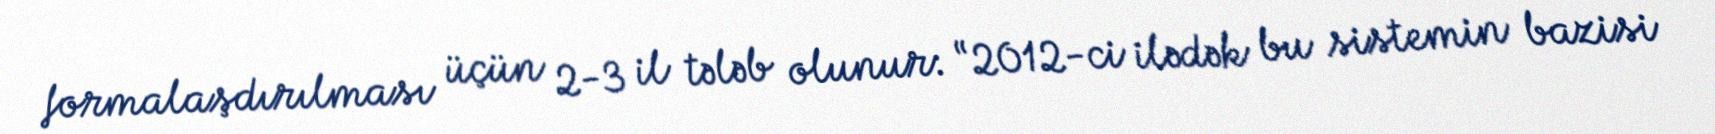
formalaşdırılması üçün 2-3 il tələb olunur: “2012-ci ilədək bu sistemin bazisi